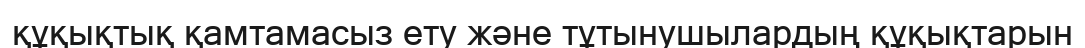
құқықтық қамтамасыз ету және тұтынушылардың құқықтарын